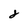
Character: 8